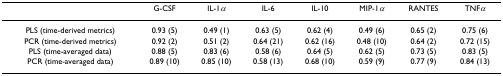
<table><thead><tr><td></td><td><b>G-CSF</b></td><td><b>IL-1<i>α</i></b></td><td><b>IL-6</b></td><td><b>IL-10</b></td><td><b>MIP-1<i>α</i></b></td><td><b>RANTES</b></td><td><b>TNF<i>α</i></b></td></tr></thead><tbody><tr><td>PLS (time-derived metrics)</td><td>0.93 (5)</td><td>0.49 (1)</td><td>0.63 (5)</td><td>0.62 (4)</td><td>0.49 (6)</td><td>0.65 (2)</td><td>0.75 (6)</td></tr><tr><td>PCR (time-derived metrics)</td><td>0.92 (2)</td><td>0.51 (2)</td><td>0.64 (21)</td><td>0.62 (16)</td><td>0.48 (10)</td><td>0.64 (2)</td><td>0.72 (15)</td></tr><tr><td>PLS (time-averaged data)</td><td>0.88 (5)</td><td>0.83 (6)</td><td>0.58 (6)</td><td>0.64 (5)</td><td>0.62 (5)</td><td>0.73 (5)</td><td>0.83 (5)</td></tr><tr><td>PCR (time-averaged data)</td><td>0.89 (10)</td><td>0.85 (10)</td><td>0.58 (13)</td><td>0.68 (10)</td><td>0.59 (9)</td><td>0.77 (9)</td><td>0.84 (13)</td></tr></tbody></table>